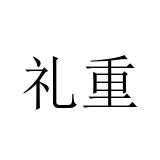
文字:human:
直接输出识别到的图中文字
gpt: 礼重